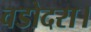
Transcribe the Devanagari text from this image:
वडोदरा।